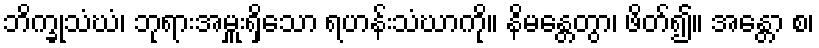
ဘိက္ခုသံဃံ၊ ဘုရားအမှူးရှိသော ရဟန်းသံဃာကို။ နိမန္တေတွာ၊ ဖိတ်၍။ အန္တော စ၊